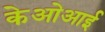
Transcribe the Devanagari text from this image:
केओआई